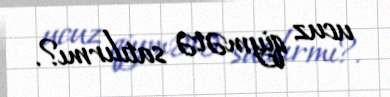
ucuz qiymətə satılırmı?.